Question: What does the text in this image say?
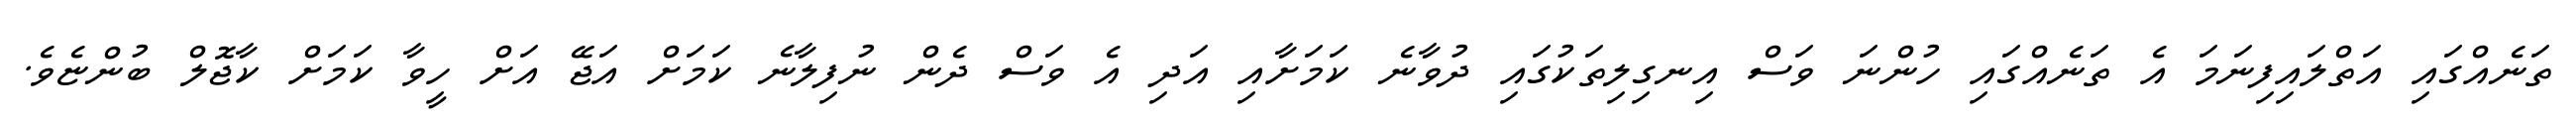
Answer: ތަނެއްގައި އަތްލައިފިނަމަ އެ ތަނެއްގައި ހުންނަ ވަސް އިނގިލިތަކުގައި ދުވާނެ ކަމަށާއި އަދި އެ ވަސް ދެން ނުފިލާނެ ކަމަށް އަޖޭ އަށް ހީވާ ކަމަށް ކާޖޮލް ބުންޏެވެ.